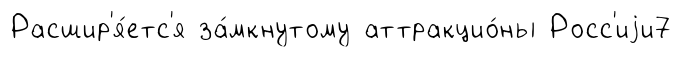
Расшир'я́етс'я за́мкнутому аттракцио́ны Росс'иjи7